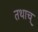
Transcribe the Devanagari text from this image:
तथाच्